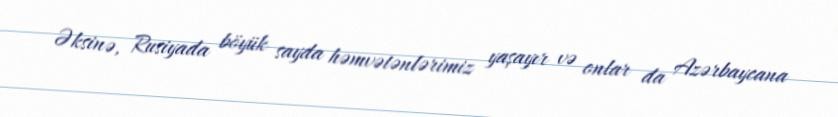
Əksinə, Rusiyada böyük sayda həmvətənlərimiz yaşayır və onlar da Azərbaycana